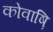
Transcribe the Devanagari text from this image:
कोवाष़ि